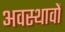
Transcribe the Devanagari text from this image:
अवस्थावों